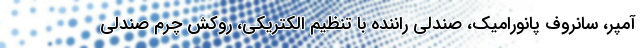
آمپر، سانروف پانورامیک، صندلی راننده با تنظیم الکتریکی، روکش چرم صندلی